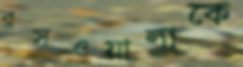
রসওয়ালাকে